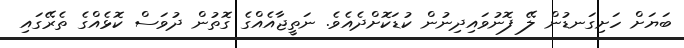
ބަޔަށް ހަށިގަނޑުން ލޭ ފޮނުވައިދިނުން ކުޑަކޮށްދެއެވެ. ނަތީޖާއެއްގެ ގޮތުން ދުވަސް ކޮޅެއްގެ ތެރޭގައި